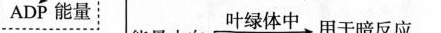
ADP能量 \xrightarrow{叶绿体中}用于暗反应